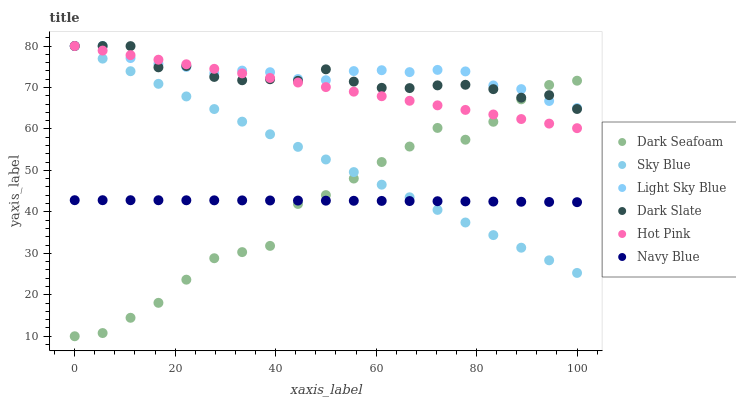
| xaxis_label | Dark Seafoam | Sky Blue | Light Sky Blue | Dark Slate | Hot Pink | Navy Blue |
 | --- | --- | --- | --- | --- | --- | --- |
 | 0 | 10 | 80 | 80 | 80 | 80 | 42.8 |
 | 5.56 | 10.8 | 77 | 80 | 80 | 78.9 | 42.8 |
 | 11.1 | 14.5 | 73.9 | 77.1 | 80 | 77.8 | 42.8 |
 | 16.7 | 18.1 | 70.9 | 75.7 | 74.9 | 76.7 | 42.8 |
 | 22.2 | 23.6 | 67.8 | 75 | 75.2 | 75.6 | 42.8 |
 | 27.8 | 28.8 | 64.8 | 73.4 | 72.5 | 74.5 | 42.8 |
 | 33.3 | 30.3 | 61.8 | 74.1 | 71.7 | 73.4 | 42.8 |
 | 38.9 | 31.8 | 58.7 | 73.7 | 72 | 72.3 | 42.7 |
 | 44.4 | 41.9 | 55.7 | 72 | 71.6 | 71.2 | 42.7 |
 | 50 | 44 | 52.6 | 71.8 | 74.4 | 70.1 | 42.7 |
 | 55.6 | 48 | 49.6 | 74 | 71.4 | 69 | 42.7 |
 | 61.1 | 52 | 46.6 | 74.2 | 69.9 | 67.9 | 42.6 |
 | 66.7 | 55.8 | 43.5 | 73.7 | 69.9 | 66.8 | 42.6 |
 | 72.2 | 60.2 | 40.5 | 74.2 | 70.5 | 65.7 | 42.6 |
 | 77.8 | 57.4 | 37.4 | 73.9 | 70.7 | 64.6 | 42.5 |
 | 83.3 | 61.7 | 34.4 | 70.5 | 69.6 | 63.5 | 42.5 |
 | 88.9 | 67.1 | 31.4 | 69.6 | 67.5 | 62.4 | 42.4 |
 | 94.4 | 70.6 | 28.3 | 66.7 | 68.2 | 61.3 | 42.4 |
 | 100 | 71.6 | 25.3 | 65 | 64.8 | 60.2 | 42.3 |